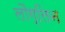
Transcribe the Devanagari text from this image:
लौग्लिन